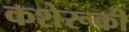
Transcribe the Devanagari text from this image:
कशेरूकी